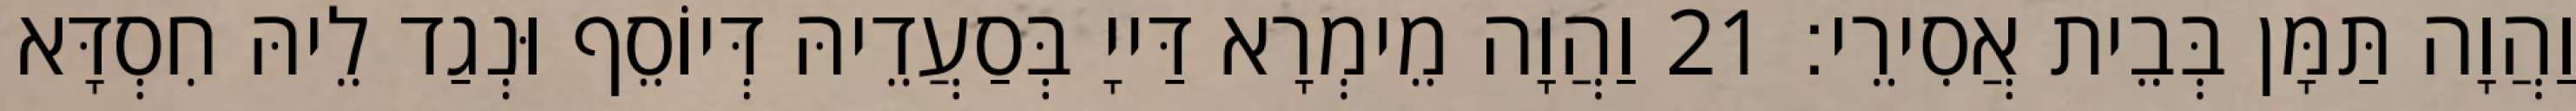
וַהֲוָה תַּמָּן בְּבֵית אֲסִירֵי׃ 21 וַהֲוָה מֵימְרָא דַּייָ בְּסַעֲדֵיהּ דְּיוֹסֵף וּנְגַד לֵיהּ חִסְדָּא